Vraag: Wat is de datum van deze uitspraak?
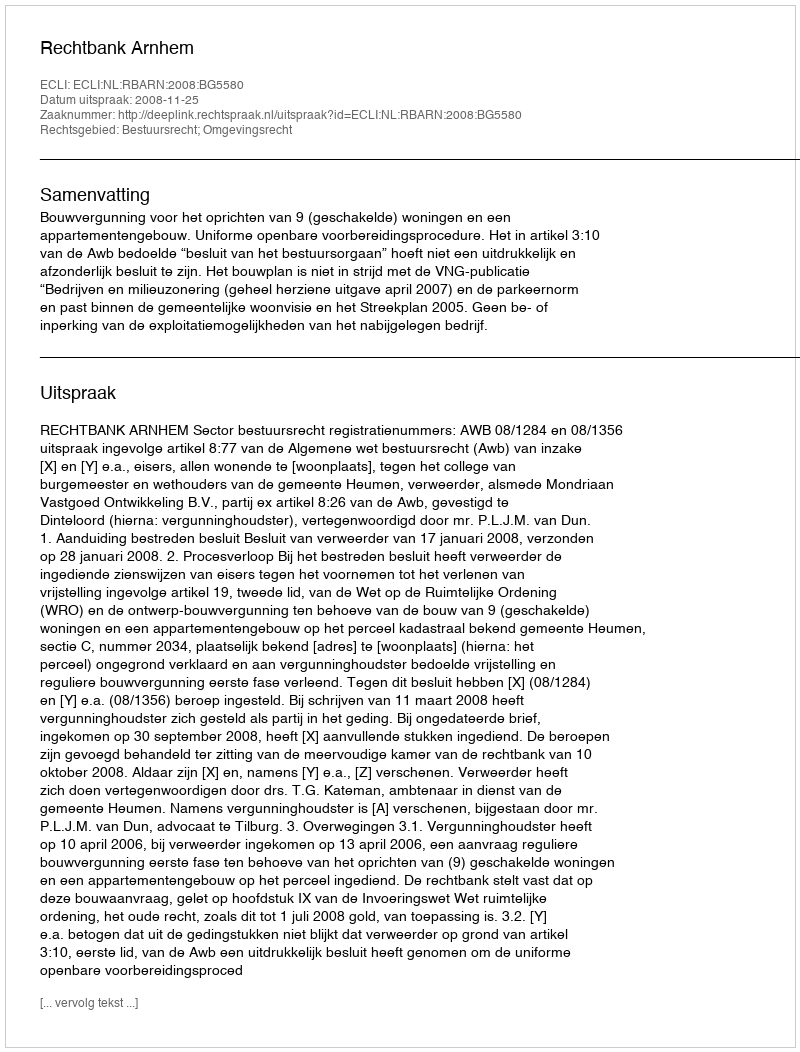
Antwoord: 2008-11-25